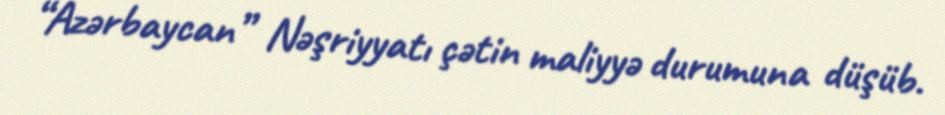
“Azərbaycan” Nəşriyyatı çətin maliyyə durumuna düşüb.